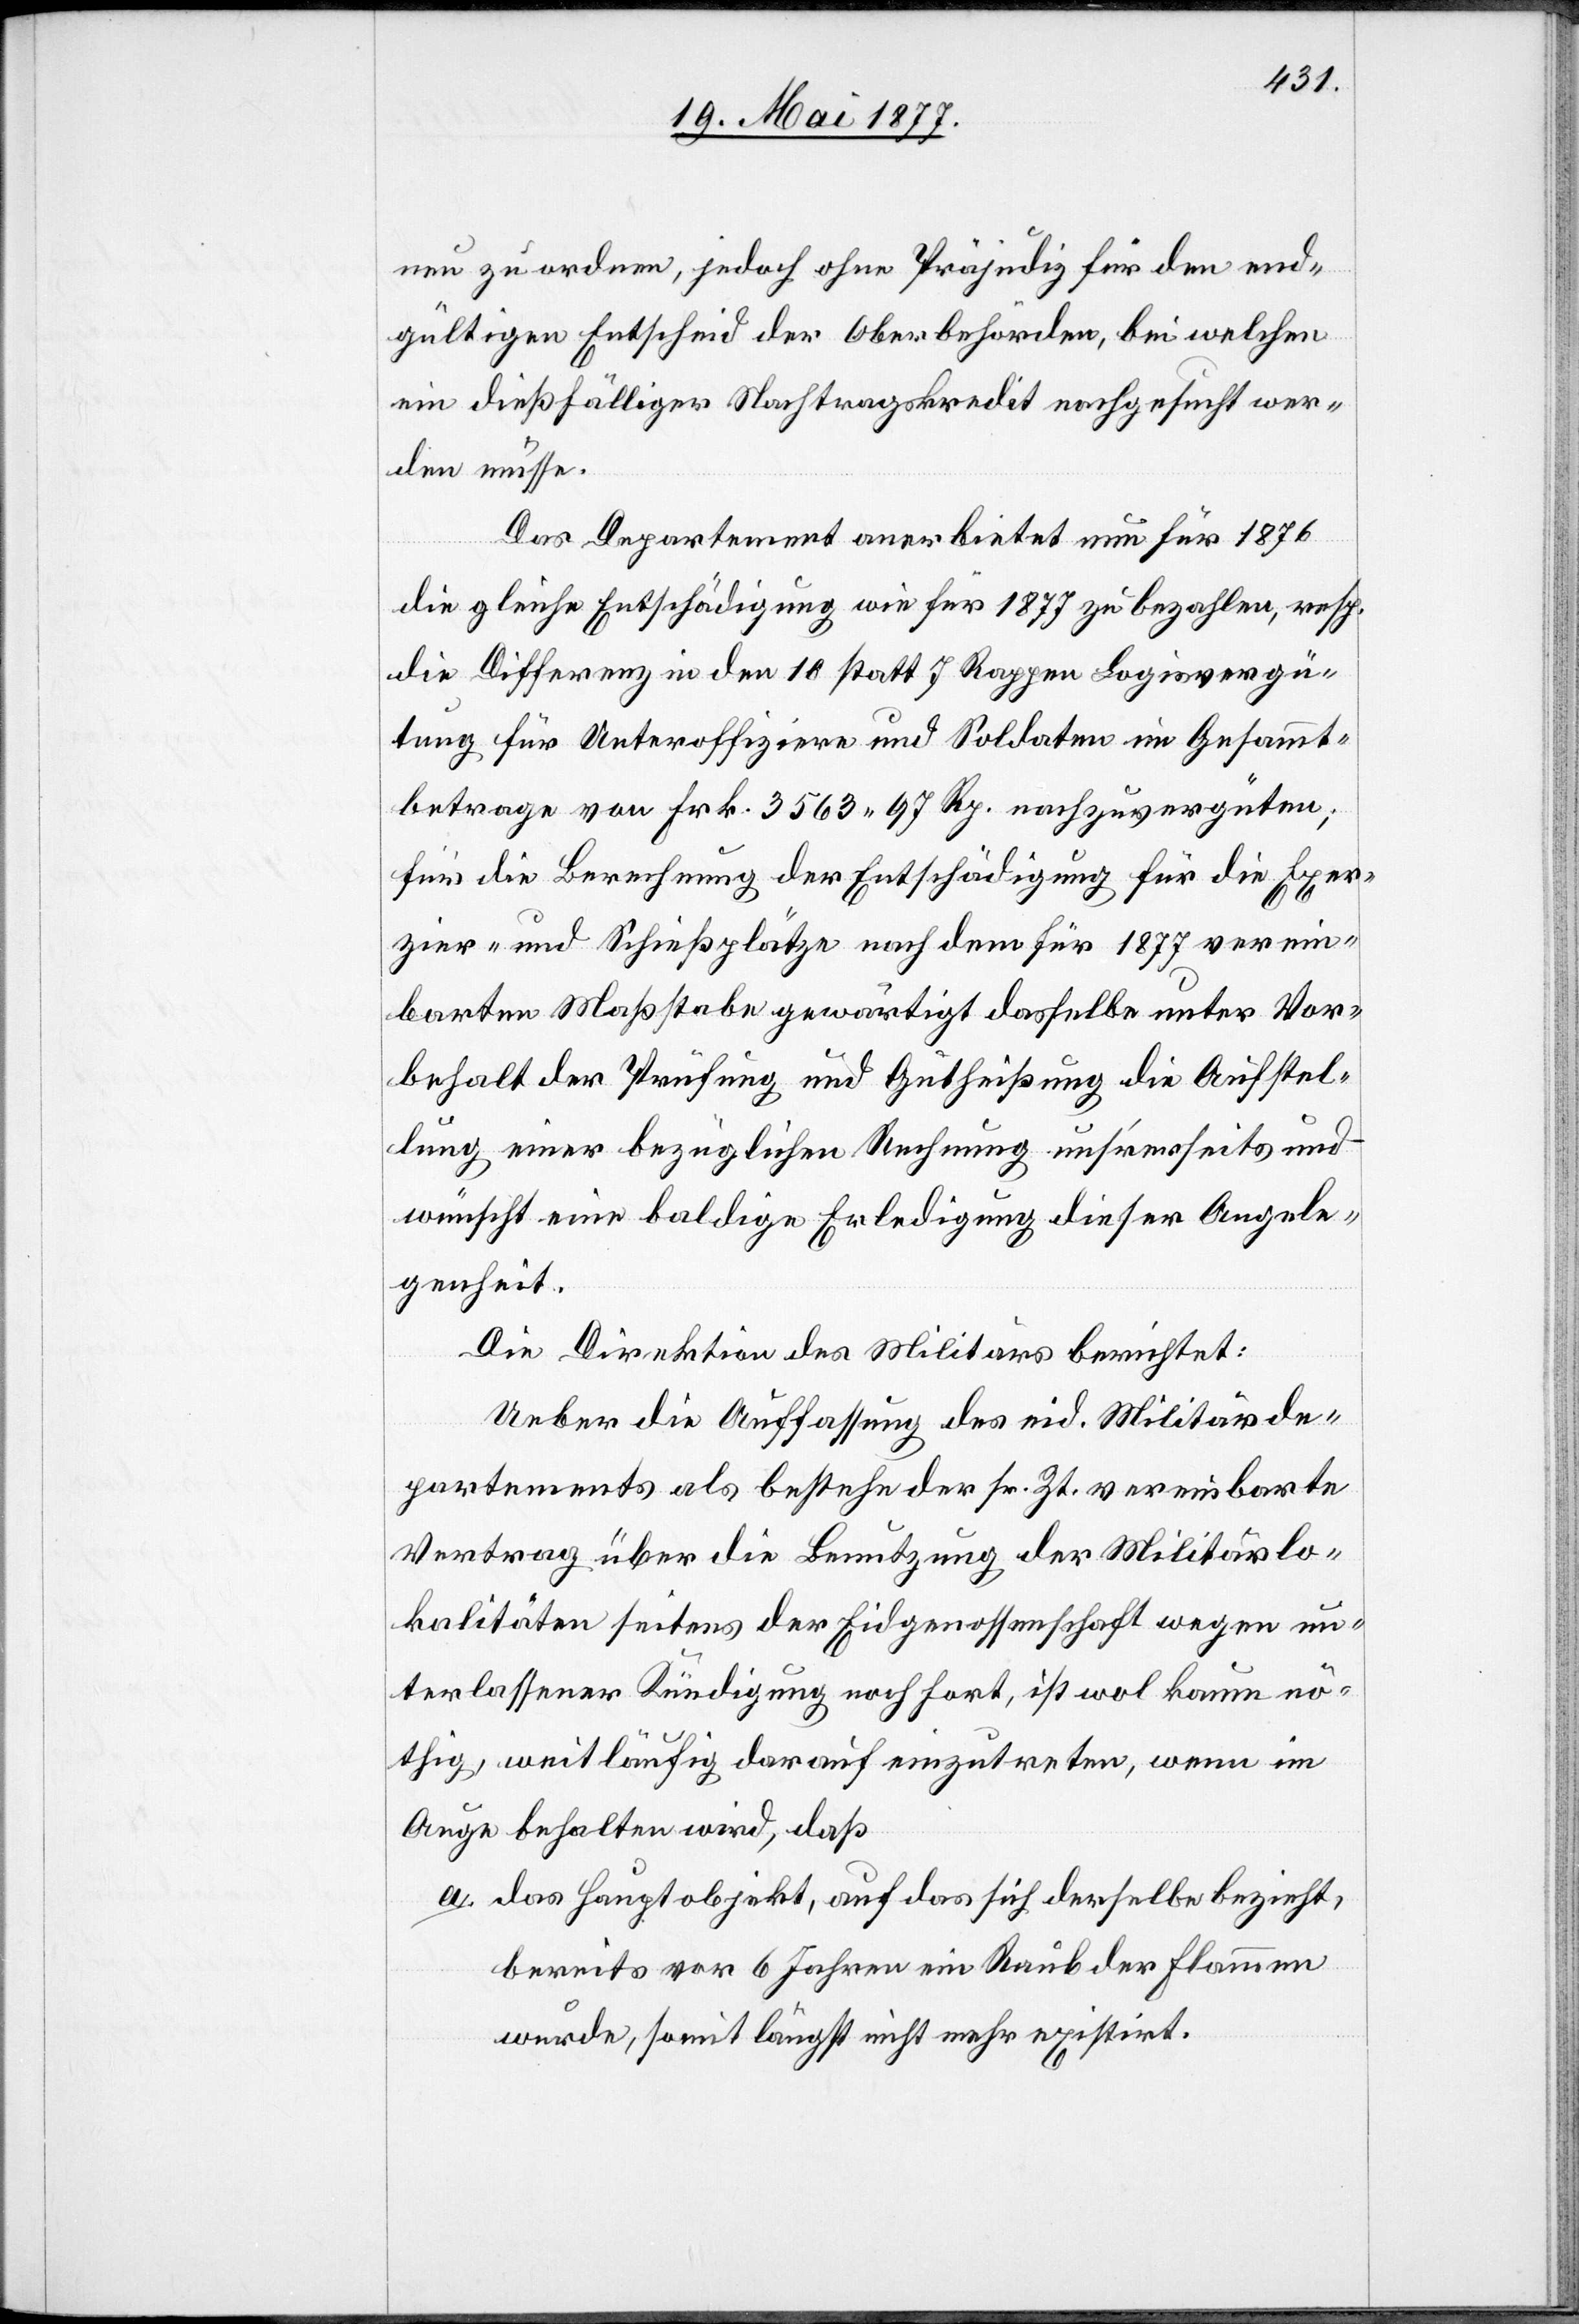
neu zu ordnen, jedoch ohne Präjudiz für den end¬
gültigen Entscheid der Oberbehörden, bei welchen
ein dießfälliger Nachtragskredit nachgesucht wer¬
den müsse.
Das Departement anerbietet nun für 1876
die gleiche Entschädigung wie für 1877 zu bezahlen, resp.
die Differenz in den 10 statt 7 Rappen Logisvergü¬
tung für Unteroffiziere und Soldaten im Gesammt¬
betrage von Frk. 3563 97 Rp. nachzuvergüten;
für die Berechnung der Entschädigung für die Exer¬
zier- und Schießplätze nach dem für 1877 verein¬
barten Maßstabe gewärtige derselbe unter Vor¬
behalt der Prüfung und Gutheißung die Aufstel¬
lung einer bezüglichen Rechnung unserseits und
wünscht eine baldige Erledigung dieser Angele¬
genheit.
Die Direktion des Militärs berichtet:
Ueber die Auffassung des eid. Militärde¬
partements als bestehe der sr. Zt. vereinbarte
Vertrag über die Benutzung der Militärlo¬
kalitäten seitens der Eidgenossenschaft wegen un¬
terlassener Kündigung noch fort, ist wol kaum nö¬
thig, weitläufig darauf einzutreten, wenn im
Auge behalten wird, daß
a. das Hauptobjekt, auf das sich derselbe bezieht,
bereits vor 6 Jahren ein Raub der Flammen
wurde, somit längst nicht mehr existirt.